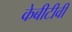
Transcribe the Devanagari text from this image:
केबीटीवी